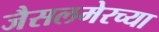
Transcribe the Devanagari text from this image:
जैसलमेरच्या